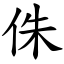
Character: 侏